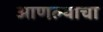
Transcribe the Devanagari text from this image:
आणल्याचा